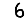
Digit: 6